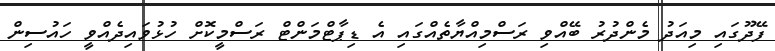
ފޭދޫގައި މިއަދު މެންދުރު ބޭއްވި ރަސްމިއްޔާތެއްގައި އެ ޑިޕާޓްމަންޓް ރަސްމީކޮށް ހުޅުވައިދެއްވީ ހައުސިން